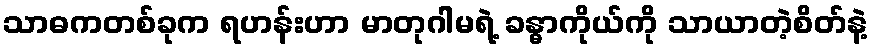
သာဓကတစ်ခုက ရဟန်းဟာ မာတုဂါမရဲ့ ခန္ဓာကိုယ်ကို သာယာတဲ့စိတ်နဲ့